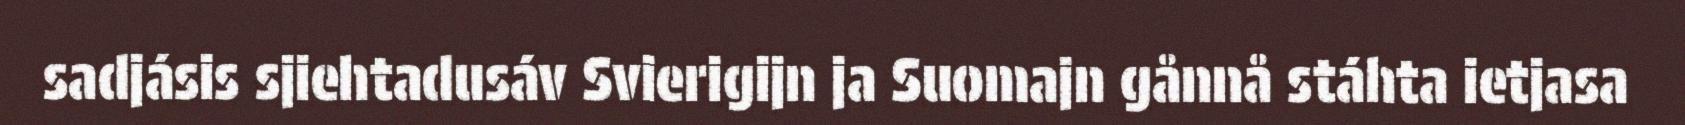
sadjásis sjiehtadusáv Svierigijn ja Suomajn gånnå stáhta ietjasa